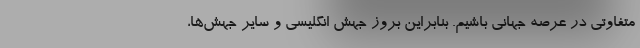
متفاوتی در عرصه جهانی باشیم. بنابراین بروز جهش انگلیسی و سایر جهش‌ها،